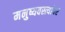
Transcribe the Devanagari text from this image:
मनुष्यवस्त्यांवर